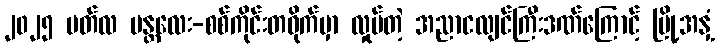
၂၀၂၅ မတ်လ မန္တလေး-စစ်ကိုင်းတဝိုက်မှာ လှုပ်တဲ့ အညာငလျင်ကြီးဒဏ်ကြောင့် မြို့အနှံ့